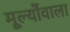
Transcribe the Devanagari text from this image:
मूल्योंवाला